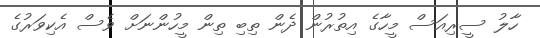
ހާލު ސީރިއަސް މީހާގެ އިތުރުން ދެން ތިބި ތިން މީހުންނަށް ވެސް އެކިވަރުގެ